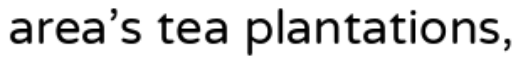
area's tea plantations,